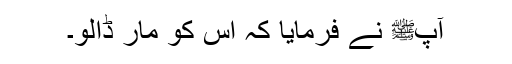
آپﷺ نے فرمایا کہ اُس کو مار ڈالو۔